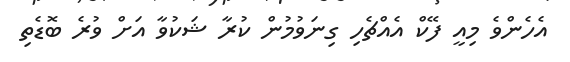
އެހެންވެ މިއީ ފޭކް އެއްޗެހި ގިނަވުމުން ކުރާ ޝަކުވާ އަށް ވުރެ ބޮޑެތި